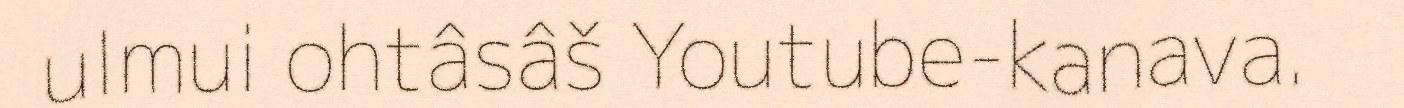
ulmui ohtâsâš Youtube-kanava.